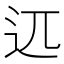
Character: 𰺰